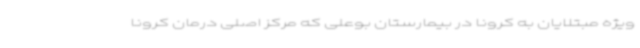
ویژه مبتلایان به کرونا در بیمارستان بوعلی که مرکز اصلی درمان کرونا